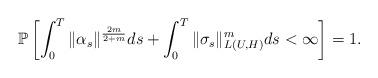
LaTeX: \begin{align*} \mathbb P\left[\int_0^T\|\alpha_s\|^{\frac {2m}{2+m}}ds+\int_0^T \|\sigma_s\|_{L_{}(U,H)}^m ds <\infty\right]=1.\end{align*}